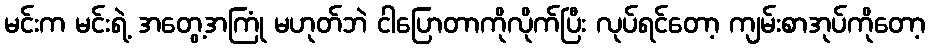
မင်းက မင်းရဲ့ အတွေ့အကြုံ မဟုတ်ဘဲ ငါပြောတာကိုလိုက်ပြီး လုပ်ရင်တော့ ကျမ်းစာအုပ်ကိုတော့